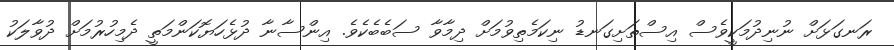
ރަނގަޅަށް ނުނިދުމަކީވެސް އިސްތަށިގަނޑު ނިކަމެތިވުމަށް ދިމާވާ ސަބެބެކެވެ. އިންސާނާ ދުޅެހަޔޮކަންމަތީ ދެމިހުރުމަށް ދުވާލަކު